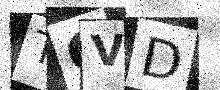
Text: TGVD